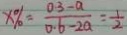
x \% = \frac { 0 . 3 - a } { 0 . 6 - 2 a } = \frac { 1 } { 2 }